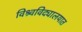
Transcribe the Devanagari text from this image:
विश्र्वविद्यालयात